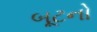
બૂટનો